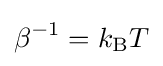
\beta ^{-1}=k_{\text{B}}T